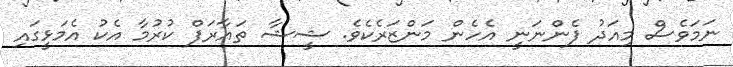
ނަމަވެސް މިއަދު ފެންނަނީ އެހެން މަންޒަރެކެވެ. ޝީޝާ ތައާރަފް ކުރުމާ އެކު އެމަޅީގައި